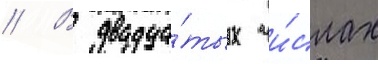
// В двадца́тых чи́слах